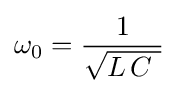
\omega _{0}={\frac {1}{\sqrt {L\,C~}}}\,~